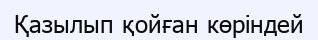
Қазылып қойған көріндей